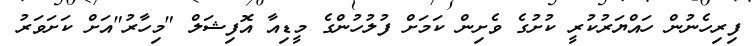
ފިރިހެނުން ހައްޔަރުކުރީ ކުށުގެ ވެށިން ކަމަށް ފުލުހުންގެ މީޑިއާ އޮފިޝަލް "މިހާރު"އަށް ކަށަވަރު